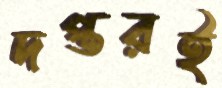
দপ্তরই